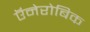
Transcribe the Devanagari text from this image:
ऍनेरोबिक